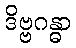
ဒိဗ္ဗဂန္ဓာ